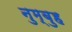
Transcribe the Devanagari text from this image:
नुम्बुह